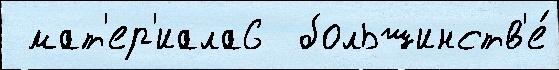
 мат'ер'иала6  большинств'е́